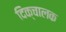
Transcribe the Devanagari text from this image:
दिक्चालक